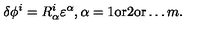
\delta \phi ^ { i } = R _ { \alpha } ^ { i } \varepsilon ^ { \alpha } , \alpha = 1 \mathrm { o r } 2 \mathrm { o r } \ldots m .